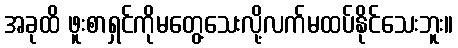
အခုထိ ဖူးစာရှင်ကိုမတွေ့သေးလို့လက်မထပ်နိုင်သေးဘူး။